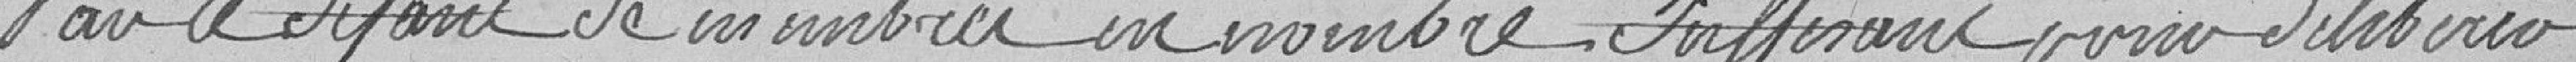
par le défaut de membres en nombre suffisant pour délibérer.